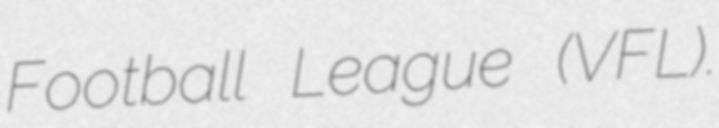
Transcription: Football League (VFL).